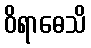
ဝိရာဓေသိ